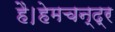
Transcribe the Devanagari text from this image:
है।हेमचन्द्र